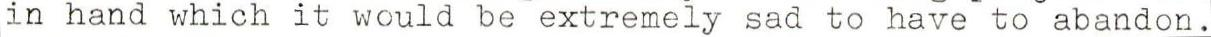
in hand which it would be extremely sad to have to abandon.